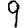
Digit: 9